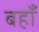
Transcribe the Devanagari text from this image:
बहाँ